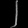
Digit: ၂